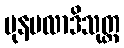
ပုနဗလာဒိသုတ္တ